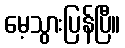
မေ့သွားပြန်ပြီ။